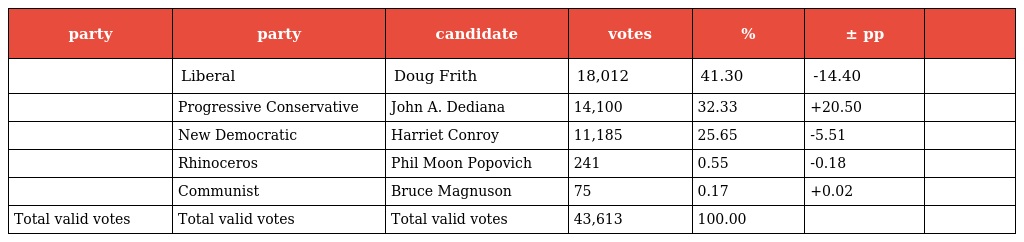
| party | party | candidate | votes | % | ± pp |  |
 | --- | --- | --- | --- | --- | --- | --- |
 |  | Liberal | Doug Frith | 18,012 | 41.30 | -14.40 |  |
 |  | Progressive Conservative | John A. Dediana | 14,100 | 32.33 | +20.50 |  |
 |  | New Democratic | Harriet Conroy | 11,185 | 25.65 | -5.51 |  |
 |  | Rhinoceros | Phil Moon Popovich | 241 | 0.55 | -0.18 |  |
 |  | Communist | Bruce Magnuson | 75 | 0.17 | +0.02 |  |
 | Total valid votes | Total valid votes | Total valid votes | 43,613 | 100.00 |  |  |